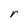
Character: r